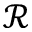
\mathcal { R }